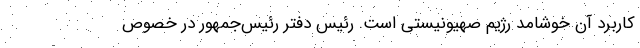
کاربرد آن خوشامد رژیم صهیونیستی است. رئیس دفتر رئیس‌جمهور در خصوص